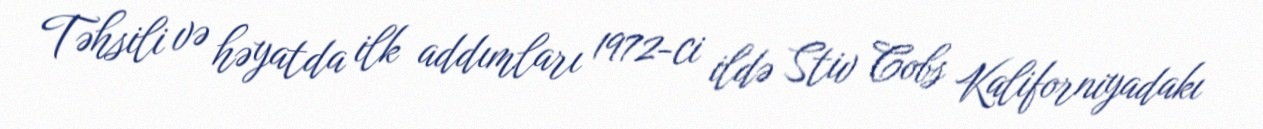
Təhsili və həyatda ilk addımları 1972-ci ildə Stiv Cobs Kaliforniyadakı